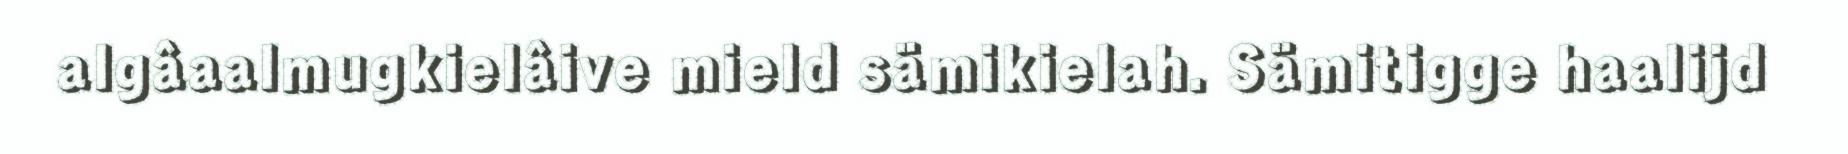
algâaalmugkielâive mield sämikielah. Sämitigge haalijd